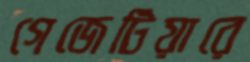
গেজেটিয়ারে